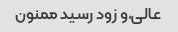
عالی,و زود رسید ممنون